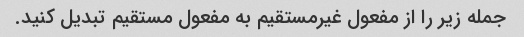
جمله زیر را از مفعول غیرمستقیم به مفعول مستقیم تبدیل کنید.